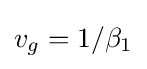
v_{g}=1/\beta _{1}